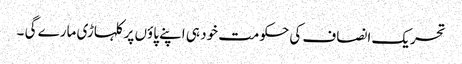
تحریک انصاف کی حکومت خود ہی اپنے پاؤں پر کلہاڑی مارے گی ۔